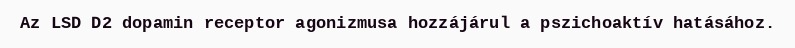
Az LSD D2 dopamin receptor agonizmusa hozzájárul a pszichoaktív hatásához.